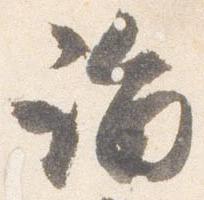
詣